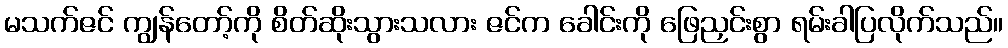
မသက်ဇင် ကျွန်တော့်ကို စိတ်ဆိုးသွားသလား ဇင်က ခေါင်းကို ဖြေညှင်းစွာ ရမ်းခါပြလိုက်သည်။